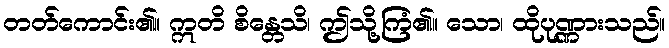
တတ်ကောင်း၏။ ဣတိ စိန္တေသိ၊ ဤသို့ကြံ၏။ သော၊ ထိုပုဏ္ဏားသည်။